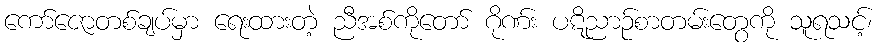
ကော်ဇောတစ်ချပ်မှာ ရေးထားတဲ့ ညီအစ်ကိုတော် ဂိုဏ်း ပဋိညာဉ်စာတမ်းတွေကို သူရသင့်၊